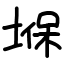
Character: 堢